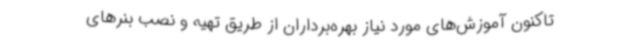
تاکنون آموزش‌های مورد نیاز بهره‌برداران از طریق تهیه و نصب بنرهای